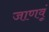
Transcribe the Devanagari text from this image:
जाणवूं